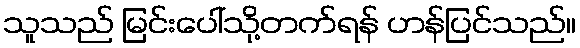
သူသည် မြင်းပေါ်သို့တက်ရန် ဟန်ပြင်သည်။